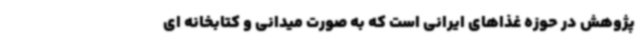
پژوهش در حوزه غذاهای ایرانی‌ است که به صورت میدانی و کتابخانه ای